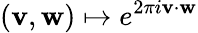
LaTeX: (\mathbf{v},\mathbf{w})\mapsto e^{2\pi{i}{\mathbf{v}}\cdot{\mathbf{w}}}